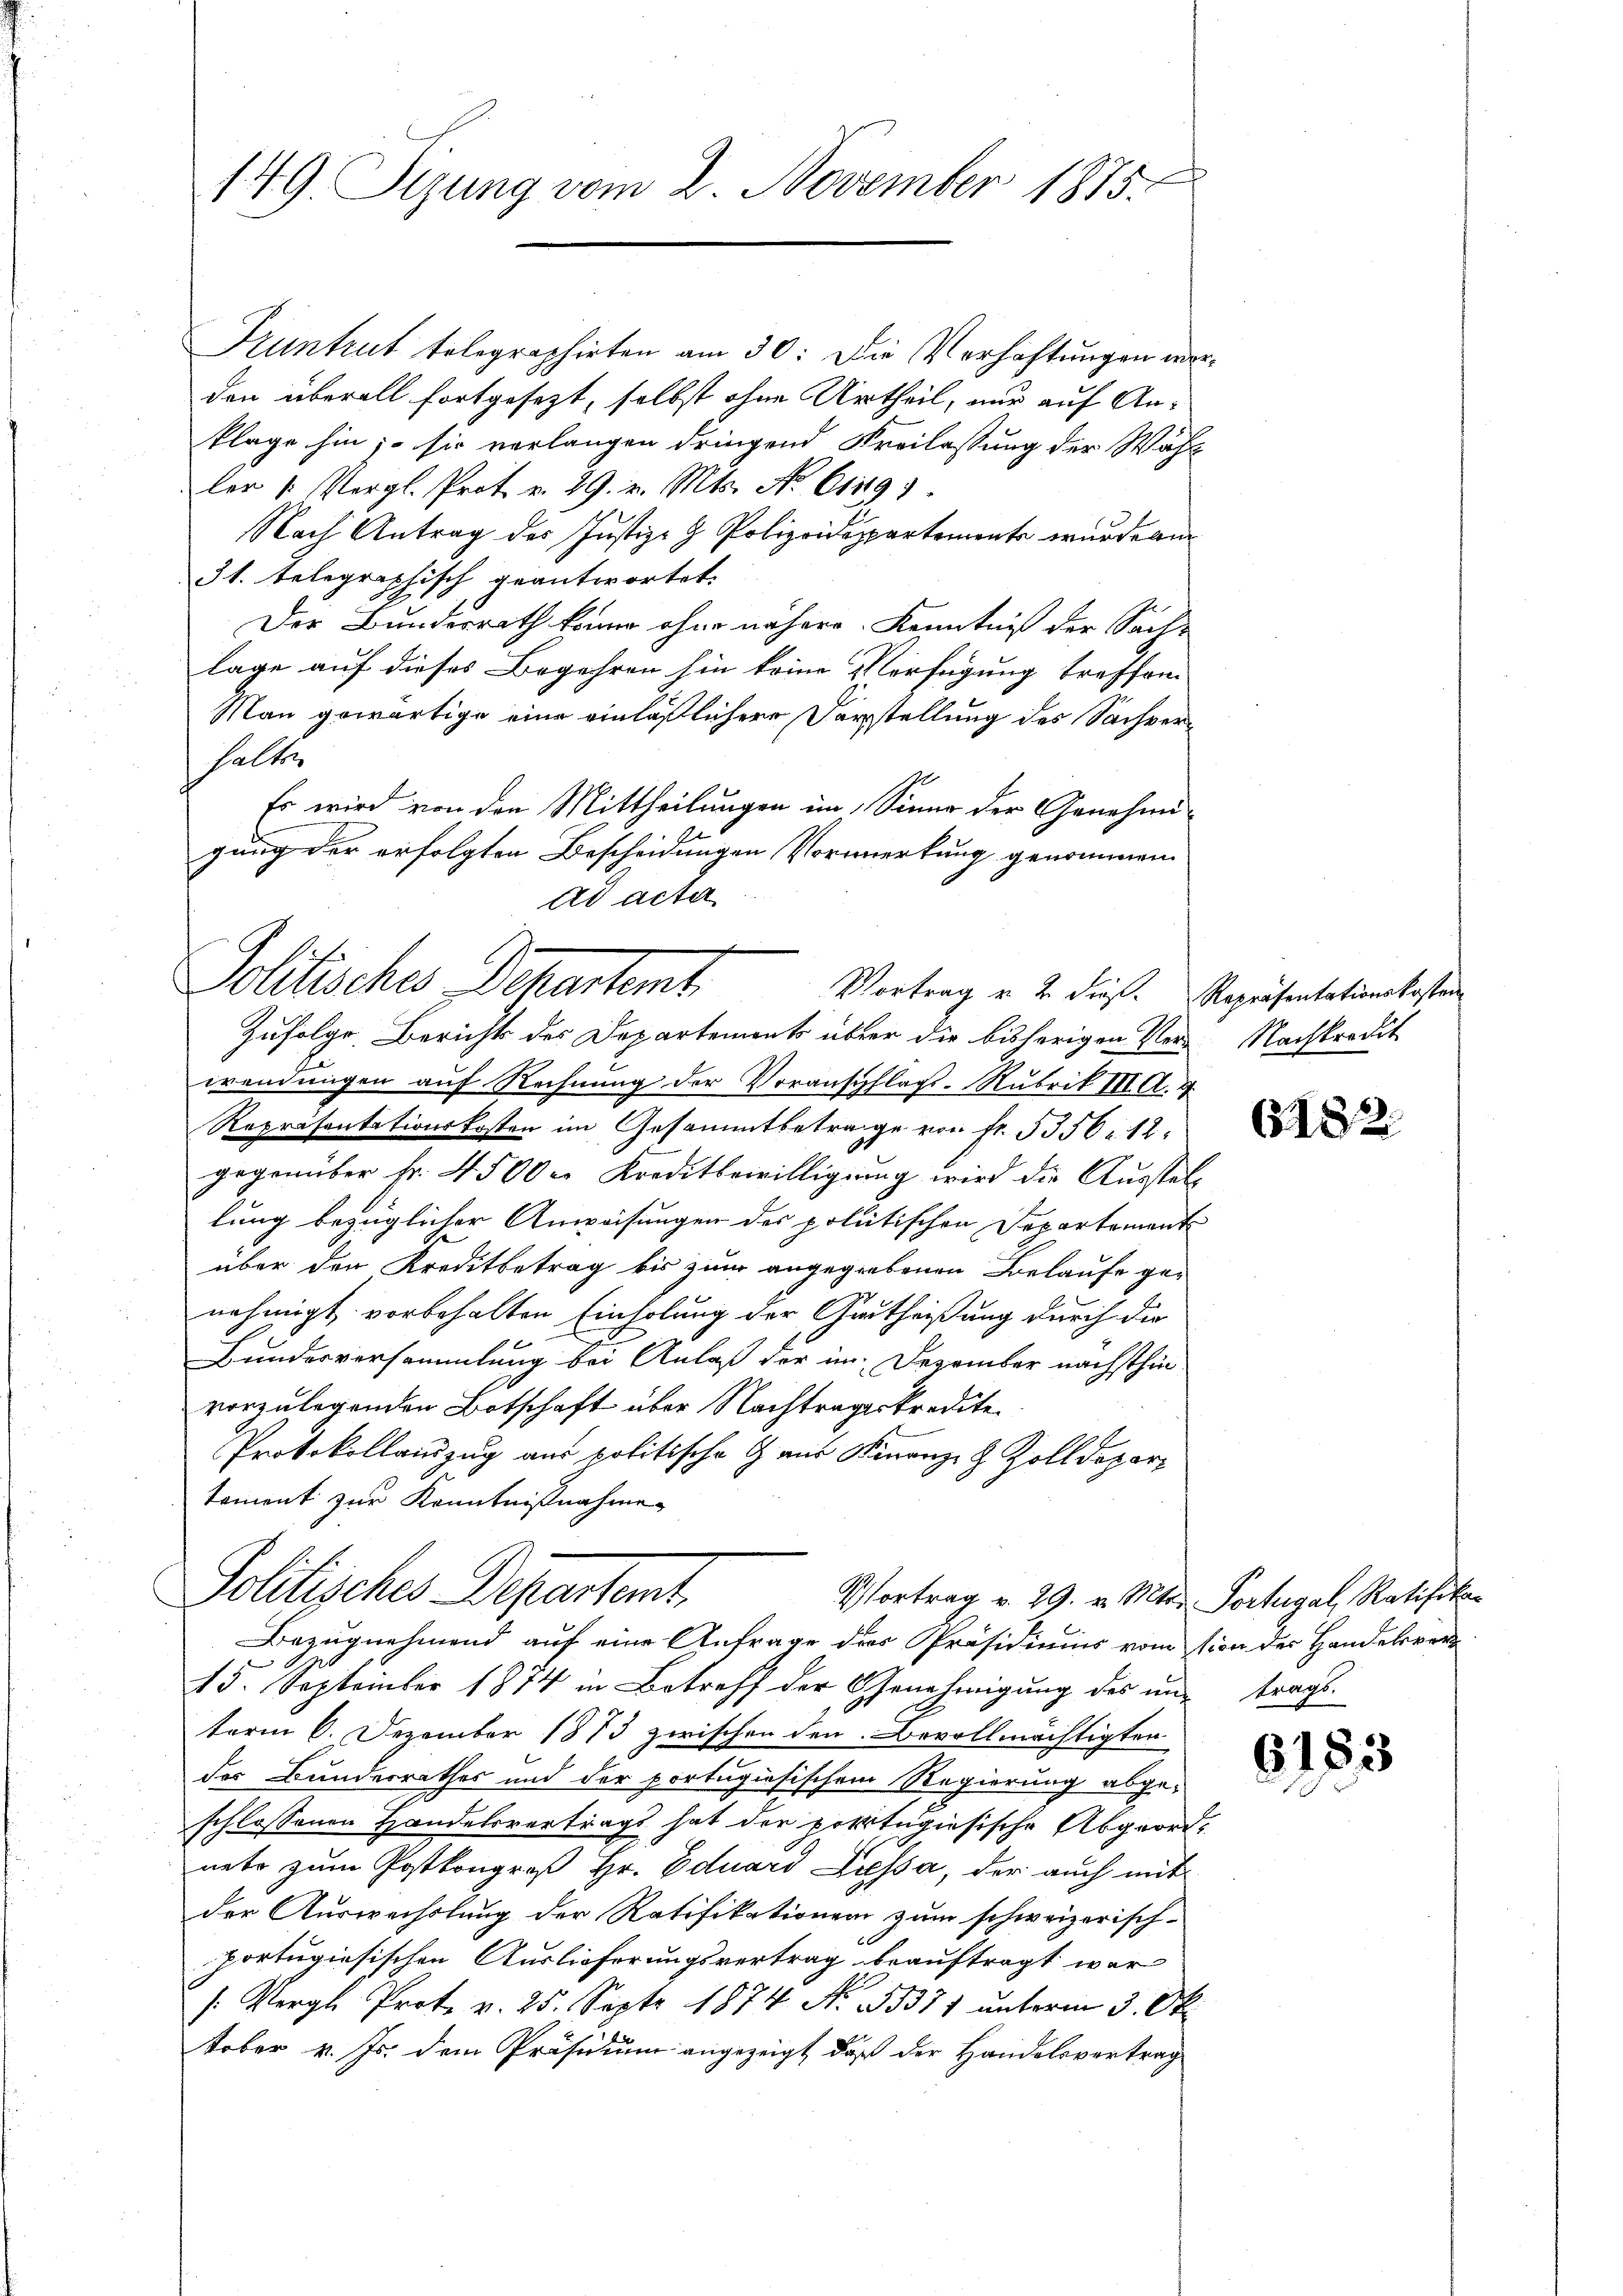
149 Sizung vom 2. November 1875.

Fruntrut telegraphirten am 30. Die Verhaftungen worden überall fortgesezt, selbst ohne Urtheil, nur auf An¬
Plage hin; – sie verlangen dringend Freilassung der Wahl
ler /: Vergl. Prot. v. 29. v. Mts. No 6149)
Nach Antrag des Justiz- & Polizeidespartement wurde au
31. Telegraphisch geantwortet.
Der Bundesrath könne ohne nähere Kenntniß der Sach-
lage auf dieses Begehren hin keine Verfügung treffen.
Man gewärtige eine einläßlichere Vorstellung des Sachverhalte
Es wird von den Mittheilungen im Sinne der Genehmigung der erfolgten Bescheidungen Vormerkung genommen.
.
wendungen auf Rechnung der Voranschlags-Rubrik III. A. v
Repräsentationskosten im Gesammtbetrage von fr. 5356. 12
gegenüber fr. 4500 r. Kreditbewilligung wird die Ausstell
lung bezüglicher Anweisungen des politischen Departement
über den Kreditbetrag bis zum angegebenen Belaufe ge-
nehmigt vorbehalten Einholung der Gartheißung durch die
Bundesversammlung bei Anlaß der im Dezember nächsthin
vorzulegenden Botschaft über Nachtrageskredite.
Protokollauszug aus politische Gaus Finanz- & Zolldepar
toment zur Kenntnißnahme
Politisches Departent
Vortrag v. 29. v. Mts. Fortugal, Ratifika
Bezugnehmend auf eine Anfrage des Präsidiums vom sion der Handelsrei
15. September 1874 in Betreff der Genehmigung des und trags-
term 6. Dezember 1873 zwischen den Bevollmächtigten
des Bundesrathes und der portugisischem Regierung abgeschlossenen Handelsvertrags hat die portugisische Abgeordnete zum Postkongreß Hr. Eduars Pressa, der auch mit
der Auswechslung der Ratifikationen zum schweizerisch-
portugisischen Auslieferungsvertrag beauftragt war
[Vergl. Prote v. 25. Sept 1874. No. 35371 unterm 3. Oktober v. Js. dem Präsidium angezeigt, daß der Handelsvertrag

ad acta
Politisches Departent.
Vortrag u. 2 dieß. Repräsentationskosten
Zufolge Berichts des Departemonts über die bisherigen Ver-Nachkredit

6182.

6183